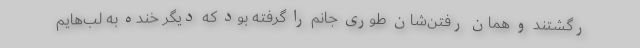
رگشتند و همان رفتن‌شان طوری جانم را گرفته بود که دیگر خنده به لب‌هایم